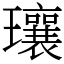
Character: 瓖